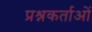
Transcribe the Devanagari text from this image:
प्रश्नकर्ताओं